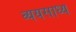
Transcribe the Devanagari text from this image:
व्‍ययसाध्‍य